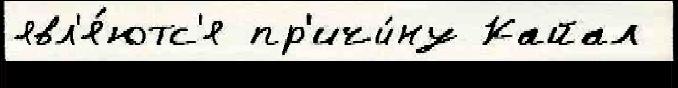
явл'я́ютс'я пр'ичи́ну Кайал